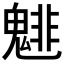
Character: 𲌬